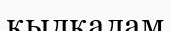
қылқалам